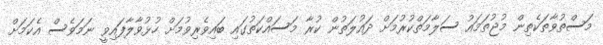
މަސްތުވާތަކެތިން މުޖުތަމައު ސަލާމަތްކުރުމަށް ދައުލަތުން ކުރާ މަސައްކަތުގައި ބައިވެރިވުމަށް ހުޅުވާލާފައިވީ ނަމަވެސް އެކަމަށް